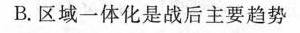
B.区域一体化是战后主要趋势